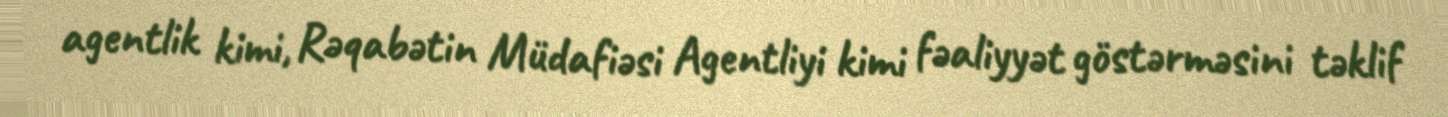
agentlik kimi, Rəqabətin Müdafiəsi Agentliyi kimi fəaliyyət göstərməsini təklif